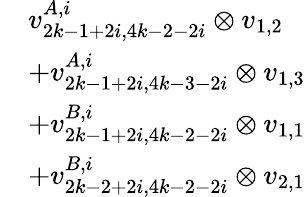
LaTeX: \begin{array}{rl}&{v_{2k-1+2i,4k-2-2i}^{A,i}\otimes v_{1,2}}\\ &{+v_{2k-1+2i,4k-3-2i}^{A,i}\otimes v_{1,3}}\\ &{+v_{2k-1+2i,4k-2-2i}^{B,i}\otimes v_{1,1}}\\ &{+v_{2k-2+2i,4k-2-2i}^{B,i}\otimes v_{2,1}}\end{array}